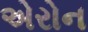
એરોન